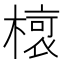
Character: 𣘨